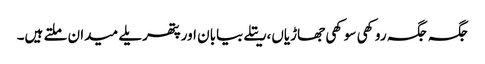
جگہ جگہ روکھی سوکھی جھاڑیاں،ریتلے بیابان اور پتھریلے میدان ملتے ہیں۔